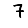
Digit: 7